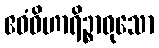
ဧဝံဝိဟာရိဉ္စာဝုသော